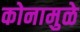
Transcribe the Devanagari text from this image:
कोनामुळे